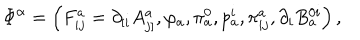
LaTeX: \Phi ^ { \alpha } = \left( F _ { i j } ^ { a } = \partial _ { \left[ i \right. } A _ { \left. j \right] } ^ { a } , \varphi _ { a } , \pi _ { a } ^ { 0 } , p _ { a } ^ { i } , \pi _ { i j } ^ { a } , \partial _ { i } B _ { a } ^ { 0 i } \right) ,